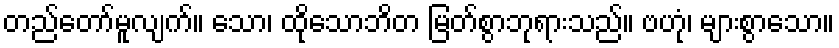
တည်တော်မူလျက်။ သော၊ ထိုသောဘိတ မြတ်စွာဘုရားသည်။ ဗဟုံ၊ များစွာသော။